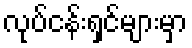
လုပ်ငန်းရှင်များမှာ